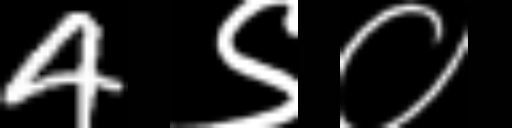
Text: 4९०